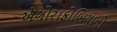
ઍગોરાફોબિયાનો